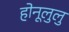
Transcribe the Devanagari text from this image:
होनूलुलु